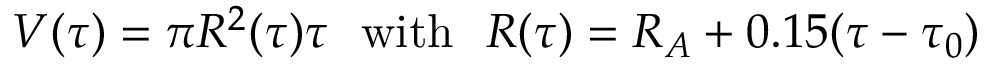
V ( \tau ) = \pi R ^ { 2 } ( \tau ) \tau ~ ~ \mathrm { w i t h } ~ ~ R ( \tau ) = R _ { A } + 0 . 1 5 ( \tau - \tau _ { 0 } )